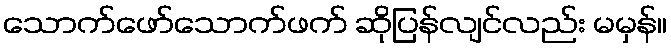
သောက်ဖော်သောက်ဖက် ဆိုပြန်လျင်လည်း မမှန်။